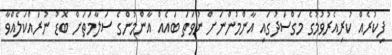
ފިކުރެއް ކުރިއެރުވުމުގެ މަގްސަދުގައި އާންމުންނަށް ނުވަތަ ބައެއް އާންމުންގެ ސަލާމަތަށް ބޮޑު ނުރައްކަލެއްވާ